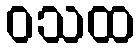
ဝသထ